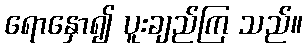
ရောနှော၍ ပူးချည်ကြ သည်။